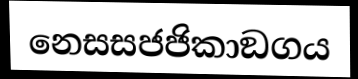
නෙසසජජිකාඞගය